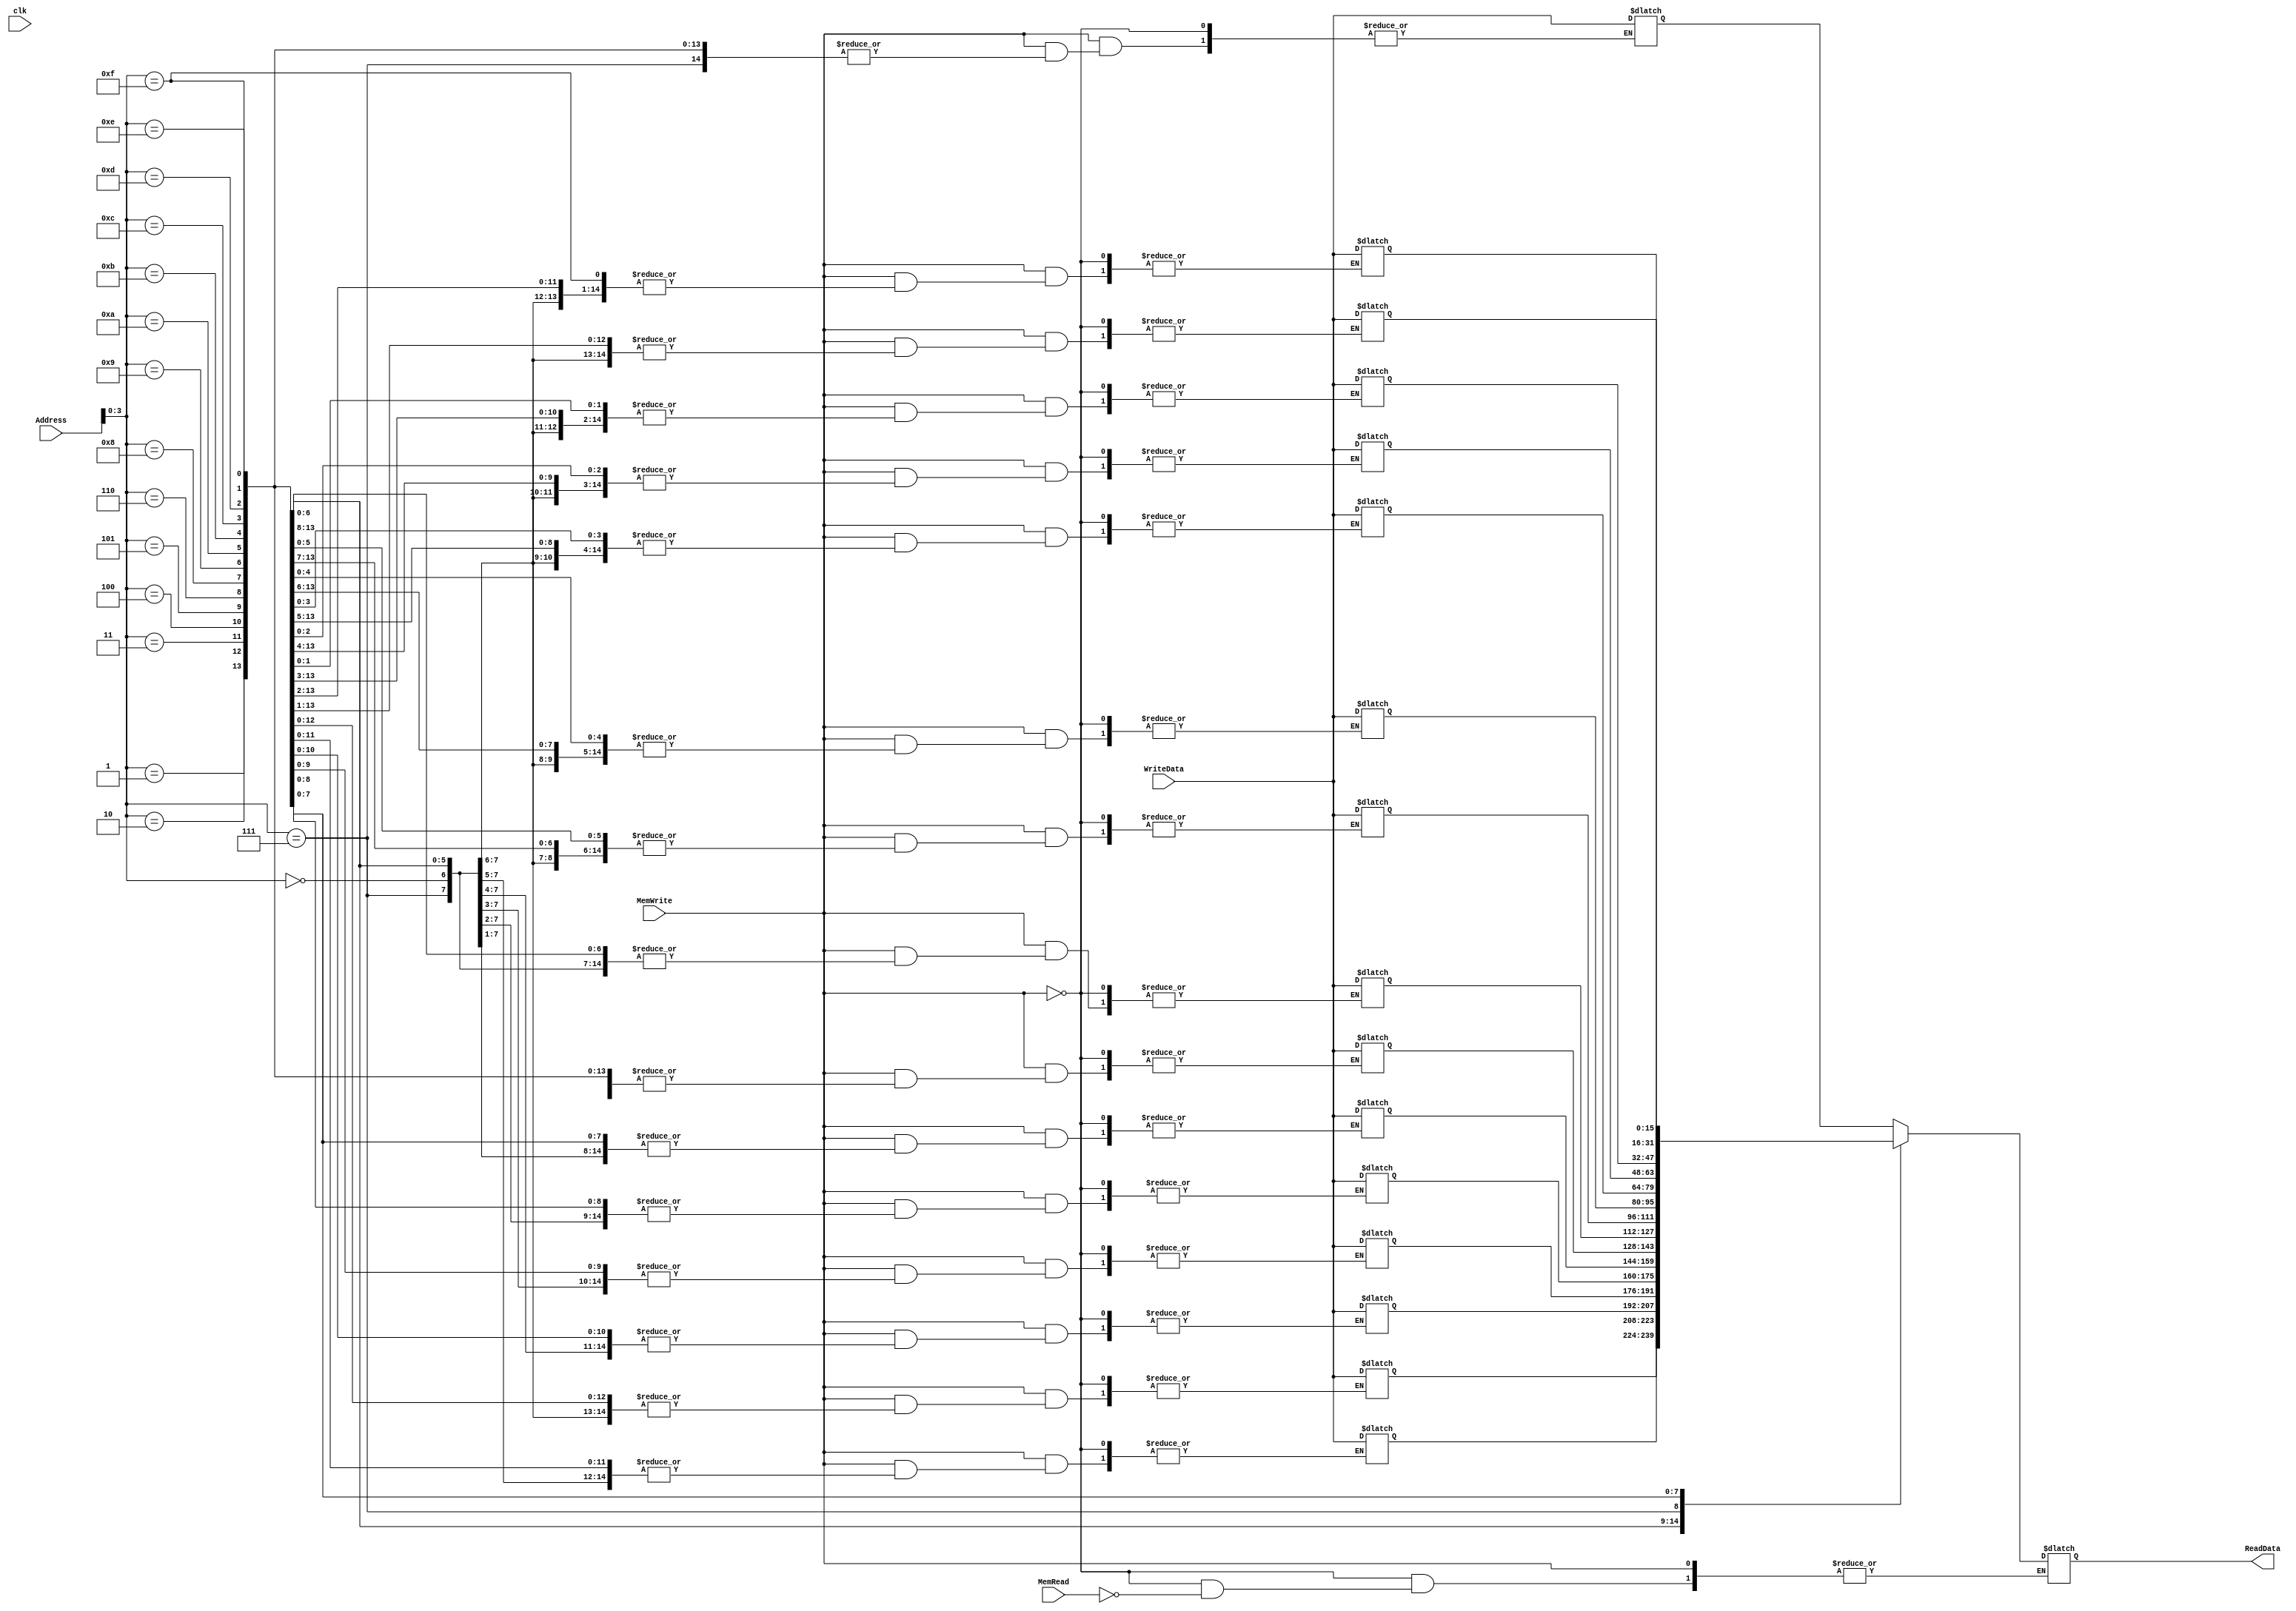
`timescale 1ns / 1ps
//////////////////////////////////////////////////////////////////////////////////
//////////////////////////////////////////////////////////////////////////////////
module Data_Memory( clk, MemWrite, MemRead, Address, WriteData, ReadData );
	input  clk, MemWrite, MemRead;
	input  [15:0] WriteData;
	input  [15:0] Address;
	output reg[15:0] ReadData;
	
	reg[15:0]d_mm[0:15];
	initial begin
		d_mm[0]  = 16'h0001;
		d_mm[1]  = 16'h0004;
		d_mm[2]  = 16'h0006;
		d_mm[3]  = 16'h0004;
		d_mm[4]  = 16'h0005;
		d_mm[5]  = 16'h0006;
		d_mm[6]  = 16'h0001;
		d_mm[7]  = 16'h0001;
		d_mm[8]  = 16'h0001;
		d_mm[9]  = 16'h0001;
		d_mm[10] = 16'h0001;
		d_mm[11] = 16'h0001;
		d_mm[12] = 16'h0001;
		d_mm[13] = 16'h0001;
		d_mm[14] = 16'h0001;
		d_mm[15] = 16'h0001;
	end

	always@(clk)
	begin
		if(MemWrite)
			d_mm[Address] = WriteData;
		else if(MemRead)
			ReadData = d_mm[Address];
	end
//	wire [15:0] tempRead,regOut1,regOut2,regOut3,regOut4,regOut5,regOut6,regOut7,regOut8,regOut9,regOut10,regOut11,regOut12,regOut13,regOut14,regOut15,regOut16;
//	wire [15:0] slt;
//	
//	Decoder4t16 dec(.E(MemWrite), .S(Address), .D(slt));
//	
//	register16bit reg1 ( .clk(clk), .reset(), .D(WriteData), .select(slt[0]),  .Q(regOut1 ));
//	register16bit reg2 ( .clk(clk), .reset(), .D(WriteData), .select(slt[1]),  .Q(regOut2 ));
//	register16bit reg3 ( .clk(clk), .reset(), .D(WriteData), .select(slt[2]),  .Q(regOut3 ));
//	register16bit reg4 ( .clk(clk), .reset(), .D(WriteData), .select(slt[3]),  .Q(regOut4 ));
//	register16bit reg5 ( .clk(clk), .reset(), .D(WriteData), .select(slt[4]),  .Q(regOut5 ));
//	register16bit reg6 ( .clk(clk), .reset(), .D(WriteData), .select(slt[5]),  .Q(regOut6 ));
//	register16bit reg7 ( .clk(clk), .reset(), .D(WriteData), .select(slt[6]),  .Q(regOut7 ));
//	register16bit reg8 ( .clk(clk), .reset(), .D(WriteData), .select(slt[7]),  .Q(regOut8 ));
//	register16bit reg9 ( .clk(clk), .reset(), .D(WriteData), .select(slt[8]),  .Q(regOut9 ));
//	register16bit reg10( .clk(clk), .reset(), .D(WriteData), .select(slt[9]),  .Q(regOut10));
//	register16bit reg11( .clk(clk), .reset(), .D(WriteData), .select(slt[10]), .Q(regOut11));
//	register16bit reg12( .clk(clk), .reset(), .D(WriteData), .select(slt[11]), .Q(regOut12));
//	register16bit reg13( .clk(clk), .reset(), .D(WriteData), .select(slt[12]), .Q(regOut13));
//	register16bit reg14( .clk(clk), .reset(), .D(WriteData), .select(slt[13]), .Q(regOut14));
//	register16bit reg15( .clk(clk), .reset(), .D(WriteData), .select(slt[14]), .Q(regOut15));
//	register16bit reg16( .clk(clk), .reset(), .D(WriteData), .select(slt[15]), .Q(regOut16));
//	
//	mux16x16x1 muxA(.select(Address), .A(regOut1),.B(regOut2),.C(regOut3),.D(regOut4),.E(regOut5),.F(regOut6),.G(regOut7),.H(regOut8),.I(regOut9),.J(regOut10),.K(regOut11),.L(regOut12),.M(regOut13),.N(regOut14),.O(regOut15),.P(regOut16), .Z(tempRead));
//	
//	always@(posedge clk)
//	begin
//		if(MemRead)
//			ReadData = tempRead; 
//	end


endmodule